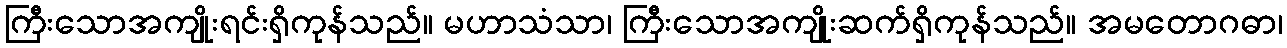
ကြီးသောအကျိုးရင်းရှိကုန်သည်။ မဟာသံသာ၊ ကြီးသောအကျိုးဆက်ရှိကုန်သည်။ အမတောဂဓာ၊